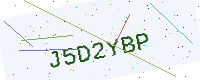
Text: J5D2YBP